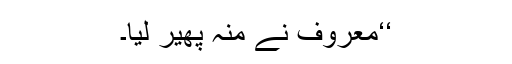
‘‘معروف نے منہ پھیر لیا۔